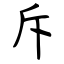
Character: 斥